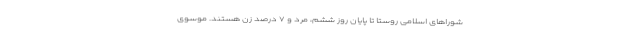
شوراهای اسلامی روستا تا پایان روز ششم، مرد و ۷ درصد زن هستند. موسوی